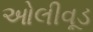
ઓલીવૂડ